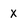
Character: X